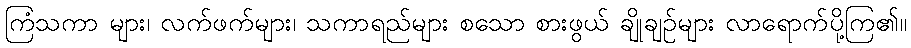
ကြံသကာ များ၊ လက်ဖက်များ၊ သကာရည်များ စသော စားဖွယ် ချိုချဉ်များ လာရောက်ပို့ကြ၏။